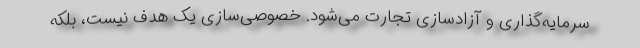
سرمایه‌گذاری و آزادسازی تجارت می‌شود. خصوصی‌سازی یک هدف نیست، بلکه